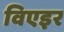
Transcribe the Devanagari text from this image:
विएइर